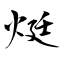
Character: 烶